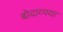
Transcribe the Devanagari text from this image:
बोदाव्पया